Report of the Indian Hemp Drugs Commission, 1894-1895 - Volume VIII
Year: 1894
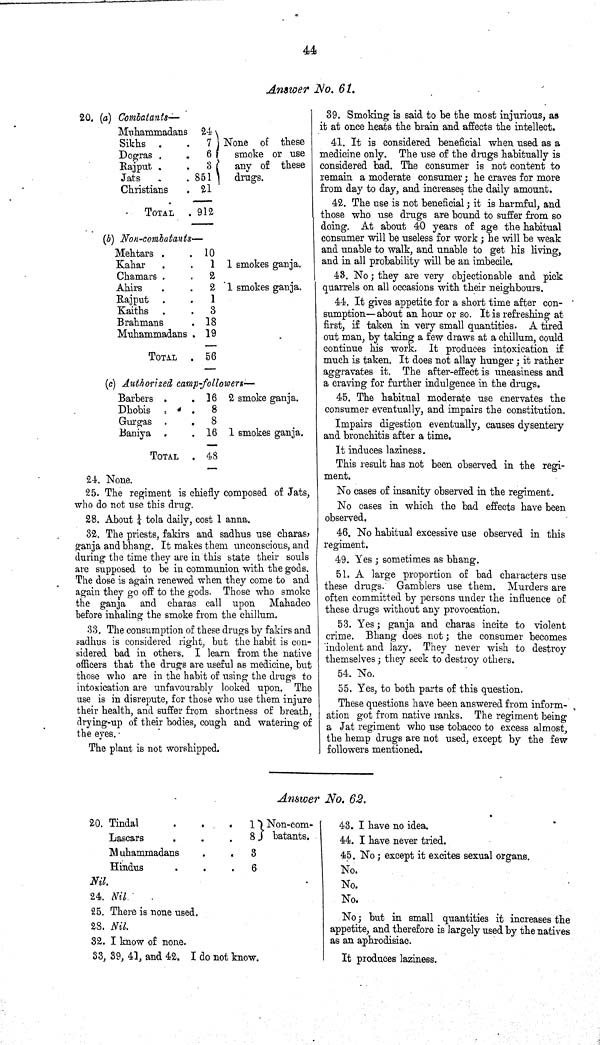
44
Answer No. 61.
20. (a)
Combatants—
Muhammadans 24
Sikhs
7
Dogras
6
Rajput
3
Jats
851
Christians
21
TOTAL
912
None of these
smoke or use
any of these
drugs.
(b)
Non-combatants—
Mehtars
10
Kahar
1
Charaars
2
Ahirs
2
Rajput
1
Kaiths
3
Brahmans
18
Muhammadans
19
TOTAL
56
1 smokes ganja.
1 smokes ganja.
(c) Authorized camp-followers—
Barbers
16
Dhobis
8
Gurgas
8
Baniya
16
TOTAL
48
2 smoke ganja.
1 smokes ganja.
24. None.
25. The regiment is chiefly composed of Jats,
who do not use this drug.
28. About 1/4 tola daily, cost 1 anna.
32. The priests, fakirs and sadhus use charas,
ganja and bhang. It makes them unconscious, and
during the time they are in this state their souls
are supposed to be in communion with the gods.
The dose is again renewed when they come to and
again they go off to the gods. Those who smoke
the ganja and charas call upon Mahadeo
before inhaling the smoke from the chillum.
33. The consumption of these drugs by fakirs and
sadhus is considered right, but the habit is con-
sidered bad in others. I learn from the native
officers that the drugs are useful as medicine, but
those who are in the habit of using the drugs to
intoxication are unfavourably looked upon. The
use is in disrepute, for those who use them injure
their health, and suffer from shortness of breath,
drying-up of their bodies, cough and watering of
the eyes.
The plant is not worshipped.
39. Smoking is said to be the most injurious, as
it at once heats the brain and affects the intellect.
41. It is considered beneficial when used as a
medicine only. The use of the drugs habitually is
considered bad. The consumer is not content to
remain a moderate consumer; he craves for more
from day to day, and increases the daily amount.
42. The use is not beneficial; it is harmful, and
those who use drugs are bound to suffer from so
doing. At about 40 years of age the habitual
consumer will be useless for work; he will be weak
and unable to walk, and unable to get his living,
and in all probability will be an imbecile.
43. No; they are very objectionable and pick
quarrels on all occasions with their neighbours.
44. It gives appetite for a short time after con-
sumption—about an hour or so. It is refreshing at
first, if taken in very small quantities. A tired
out man, by taking a few draws at a chillum, could
continue his work. It produces intoxication if
much is taken. It does not allay hunger; it rather
aggravates it. The after-effect is uneasiness and
a craving for further indulgence in the drugs.
45. The habitual moderate use enervates the
consumer eventually, and impairs the constitution.
Impairs digestion eventually, causes dysentery
and bronchitis after a time.
It induces laziness.
This result has not been observed in the regi-
ment.
No cases of insanity observed in the regiment.
No cases in which the bad effects have been
observed.
46. No habitual excessive use observed in this
regiment.
49. Yes; sometimes as bhang.
51. A large proportion of bad characters use
these drugs. Gamblers use them. Murders are
often committed by persons under the influence of
these drugs without any provocation.
53. Yes; ganja and charas incite to violent
crime. Bhang does not; the consumer becomes
indolent and lazy. They never wish to destroy
themselves; they seek to destroy others.
54. No.
55. Yes, to both parts of this question.
These questions have been answered from inform-
ation got from native ranks. The regiment being
a Jat regiment who use tobacco to excess almost,
the hemp drugs are not used, except by the few
followers mentioned.
Answer No. 62.
20. Tindal
1
Non-com-
batants,
Lascars
8
Non-com-
batants,
Muhammadans
3
Hindus
6
Nil.
24. Nil.
25. There is none used.
28. Nil.
32. I know of none.
33. 39, 41, and 42. I do not know.
43. I have no idea.
44. I have never tried.
45. No; except it excites sexual organs.
No.
No.
No.
No; but in small quantities it increases the
appetite, and therefore is largely used by the natives
as an aphrodisiac.
It produces laziness.